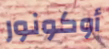
أوكونور